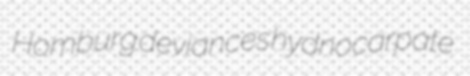
Homburg deviances hydnocarpate